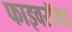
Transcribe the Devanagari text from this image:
फाइवरॉयड